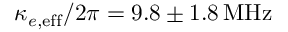
\kappa _ { e , { \mathrm { e f f } } } / 2 \pi = 9 . 8 \pm 1 . 8 \, \mathrm { M H z }